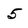
Character: 5